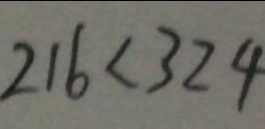
2 1 6 < 3 2 4